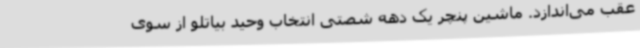
عقب می‌اندازد. ماشین‌ پنچر یک دهه شصتی انتخاب وحید بیاتلو از سوی